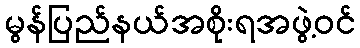
မွန်ပြည်နယ်အစိုးရအဖွဲ့ဝင်